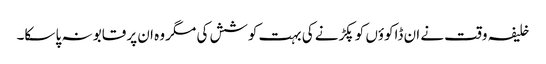
خلیفہ وقت نے ان ڈاکوؤں کو پکڑنے کی بہت کوشش کی مگر وہ ان پر قابو نہ پا سکا۔